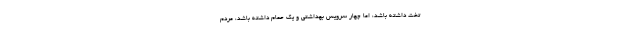
تخت داشته باشد، اما چهار سرویس بهداشتی و یک حمام داشته باشد، مردم